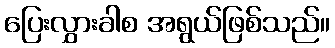
ပြေးလွှားခါစ အရွယ်ဖြစ်သည်။